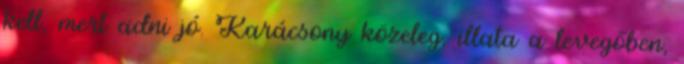
kell, mert adni jó. Karácsony közeleg, illata a levegőben,